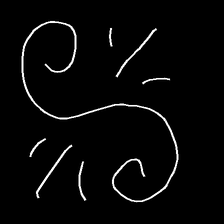
Glyph: wind-directs-air